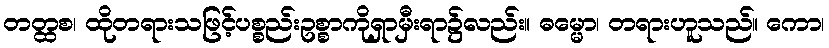
တတ္ထစ၊ ထိုတရားသဖြင့်ပစ္စည်းဥစ္စာကိုရှာမှီးရာ၌လည်း။ ဓမ္မော၊ တရားဟူသည်။ ကော၊